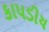
કાપડીય